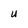
Character: u